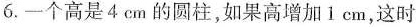
6.一个高是4cm的圆柱，如果高增加1cm，这时